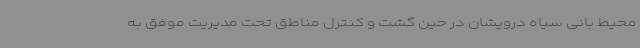
محیط بانی سیاه درویشان در حین گشت و کنترل مناطق تحت مدیریت موفق به